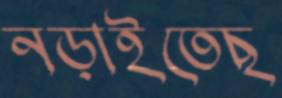
নড়াইতেছ